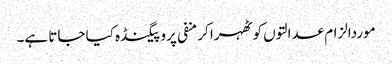
موردالزام عدالتوں کو ٹھہرا کر منفی پروپیگنڈہ کیا جاتا ہے۔